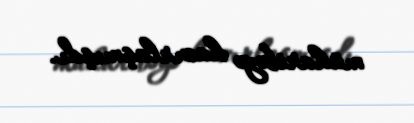
müharibəyə hazırlaşmışdı.